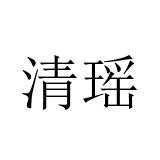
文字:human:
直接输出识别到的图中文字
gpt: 清瑶